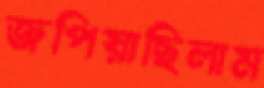
জপিয়াছিলাম